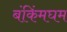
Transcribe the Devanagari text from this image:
बंकिंमघम